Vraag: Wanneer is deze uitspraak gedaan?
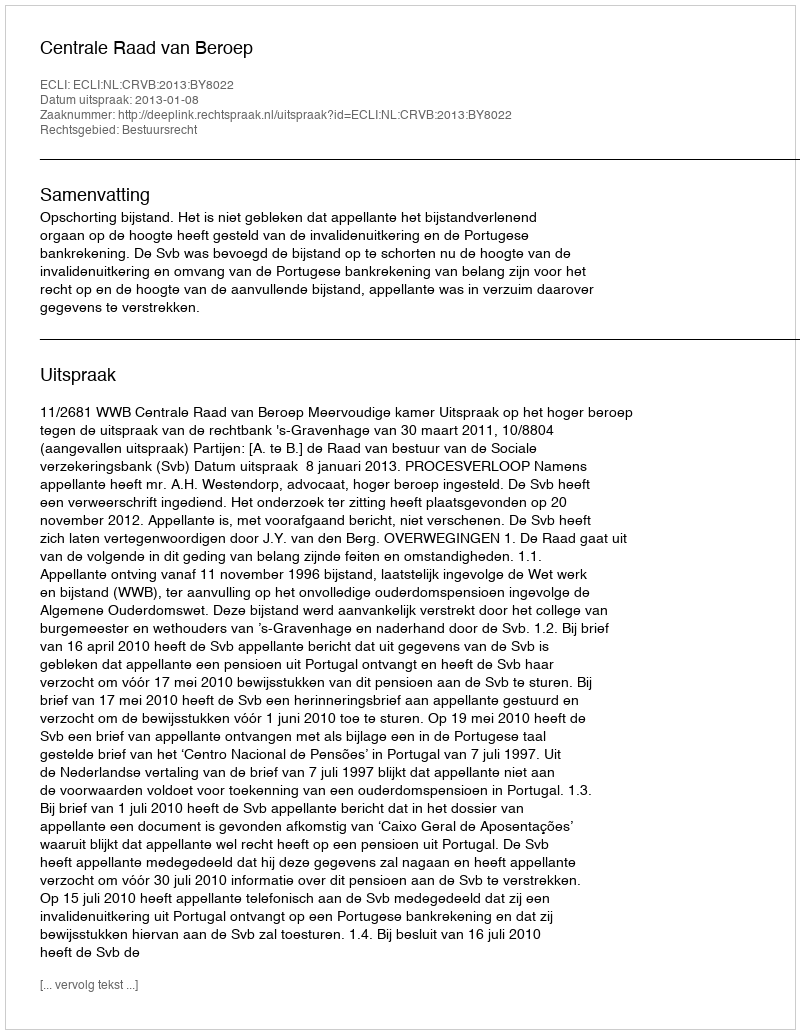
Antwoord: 2013-01-08